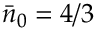
\bar { n } _ { 0 } = 4 / 3